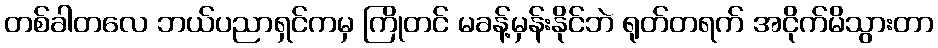
တစ်ခါတလေ ဘယ်ပညာရှင်ကမှ ကြိုတင် မခန့်မှန်းနိုင်ဘဲ ရုတ်တရက် အငိုက်မိသွားတာ